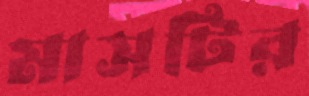
মাসটির